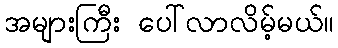
အများကြီး ပေါ်လာလိမ့်မယ်။